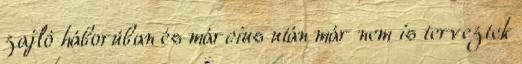
zajló háborúban és március után már nem is terveztek